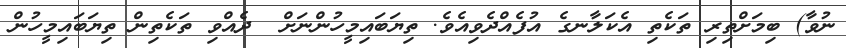
ނުވާ) ބިމަށްތިރި ތަކެތި އެކަލާނގެ އުފެއްދެވިއެވެ. ތިޔަބައިމީހުންނަށް  ދެއްވި ތަކެތިން ތިޔަބައިމީހުން